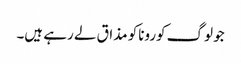
جو لوگ کوروناکو مذاق لے رہے ہیں۔